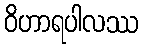
ဝိဟာရပါလဿ